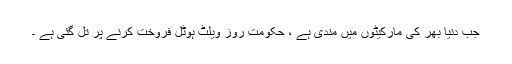
جب دنیا بھر کی مارکیٹوں میں مندی ہے ، حکومت روز ویلٹ ہوٹل فروخت کرنے پر تل گئی ہے ۔